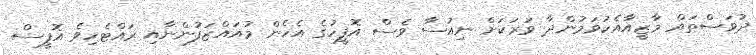
ދުވަސްތައް މާޒީއާއެކުވަމުންދާ ވަރަކަށް ނިއުސާ ވެސް އޮފީހުގެ އެހެން މުއައްޒަފުންނާއި ރައްޓެހިވެ އޮފީސް